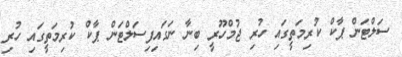
ސަލްޓަން ޕާކް ކުރިމަތީގައި ހުރި ޖުމްހޫރީ ބިނާ ނަގައިފިސަލްޓަން ޕާކް ކުރިމަތީގައި ހުރި